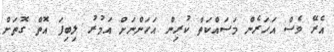
އެރޭ ވެސް އަހަރެން މަސައްކަތް ކުރިން އަހަންނަށް އަމުރު ލިބިފަ އޮތް ގޮތަށް